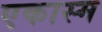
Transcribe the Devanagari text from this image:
एकास्म